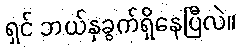
ရှင် ဘယ်နှခွက်ရှိနေပြီလဲ။